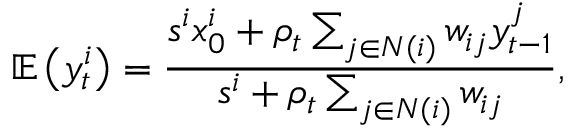
\mathbb { E } \left( y _ { t } ^ { i } \right) = \frac { s ^ { i } x _ { 0 } ^ { i } + \rho _ { t } \sum _ { j \in N ( i ) } w _ { i j } y _ { t - 1 } ^ { j } } { s ^ { i } + \rho _ { t } \sum _ { j \in N ( i ) } w _ { i j } } ,